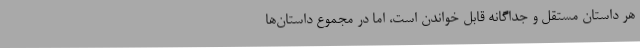
هر داستان مستقل و جداگانه قابل خواندن است، اما در مجموع داستان‌ها